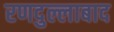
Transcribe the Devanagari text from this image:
रणदुल्लाबाद